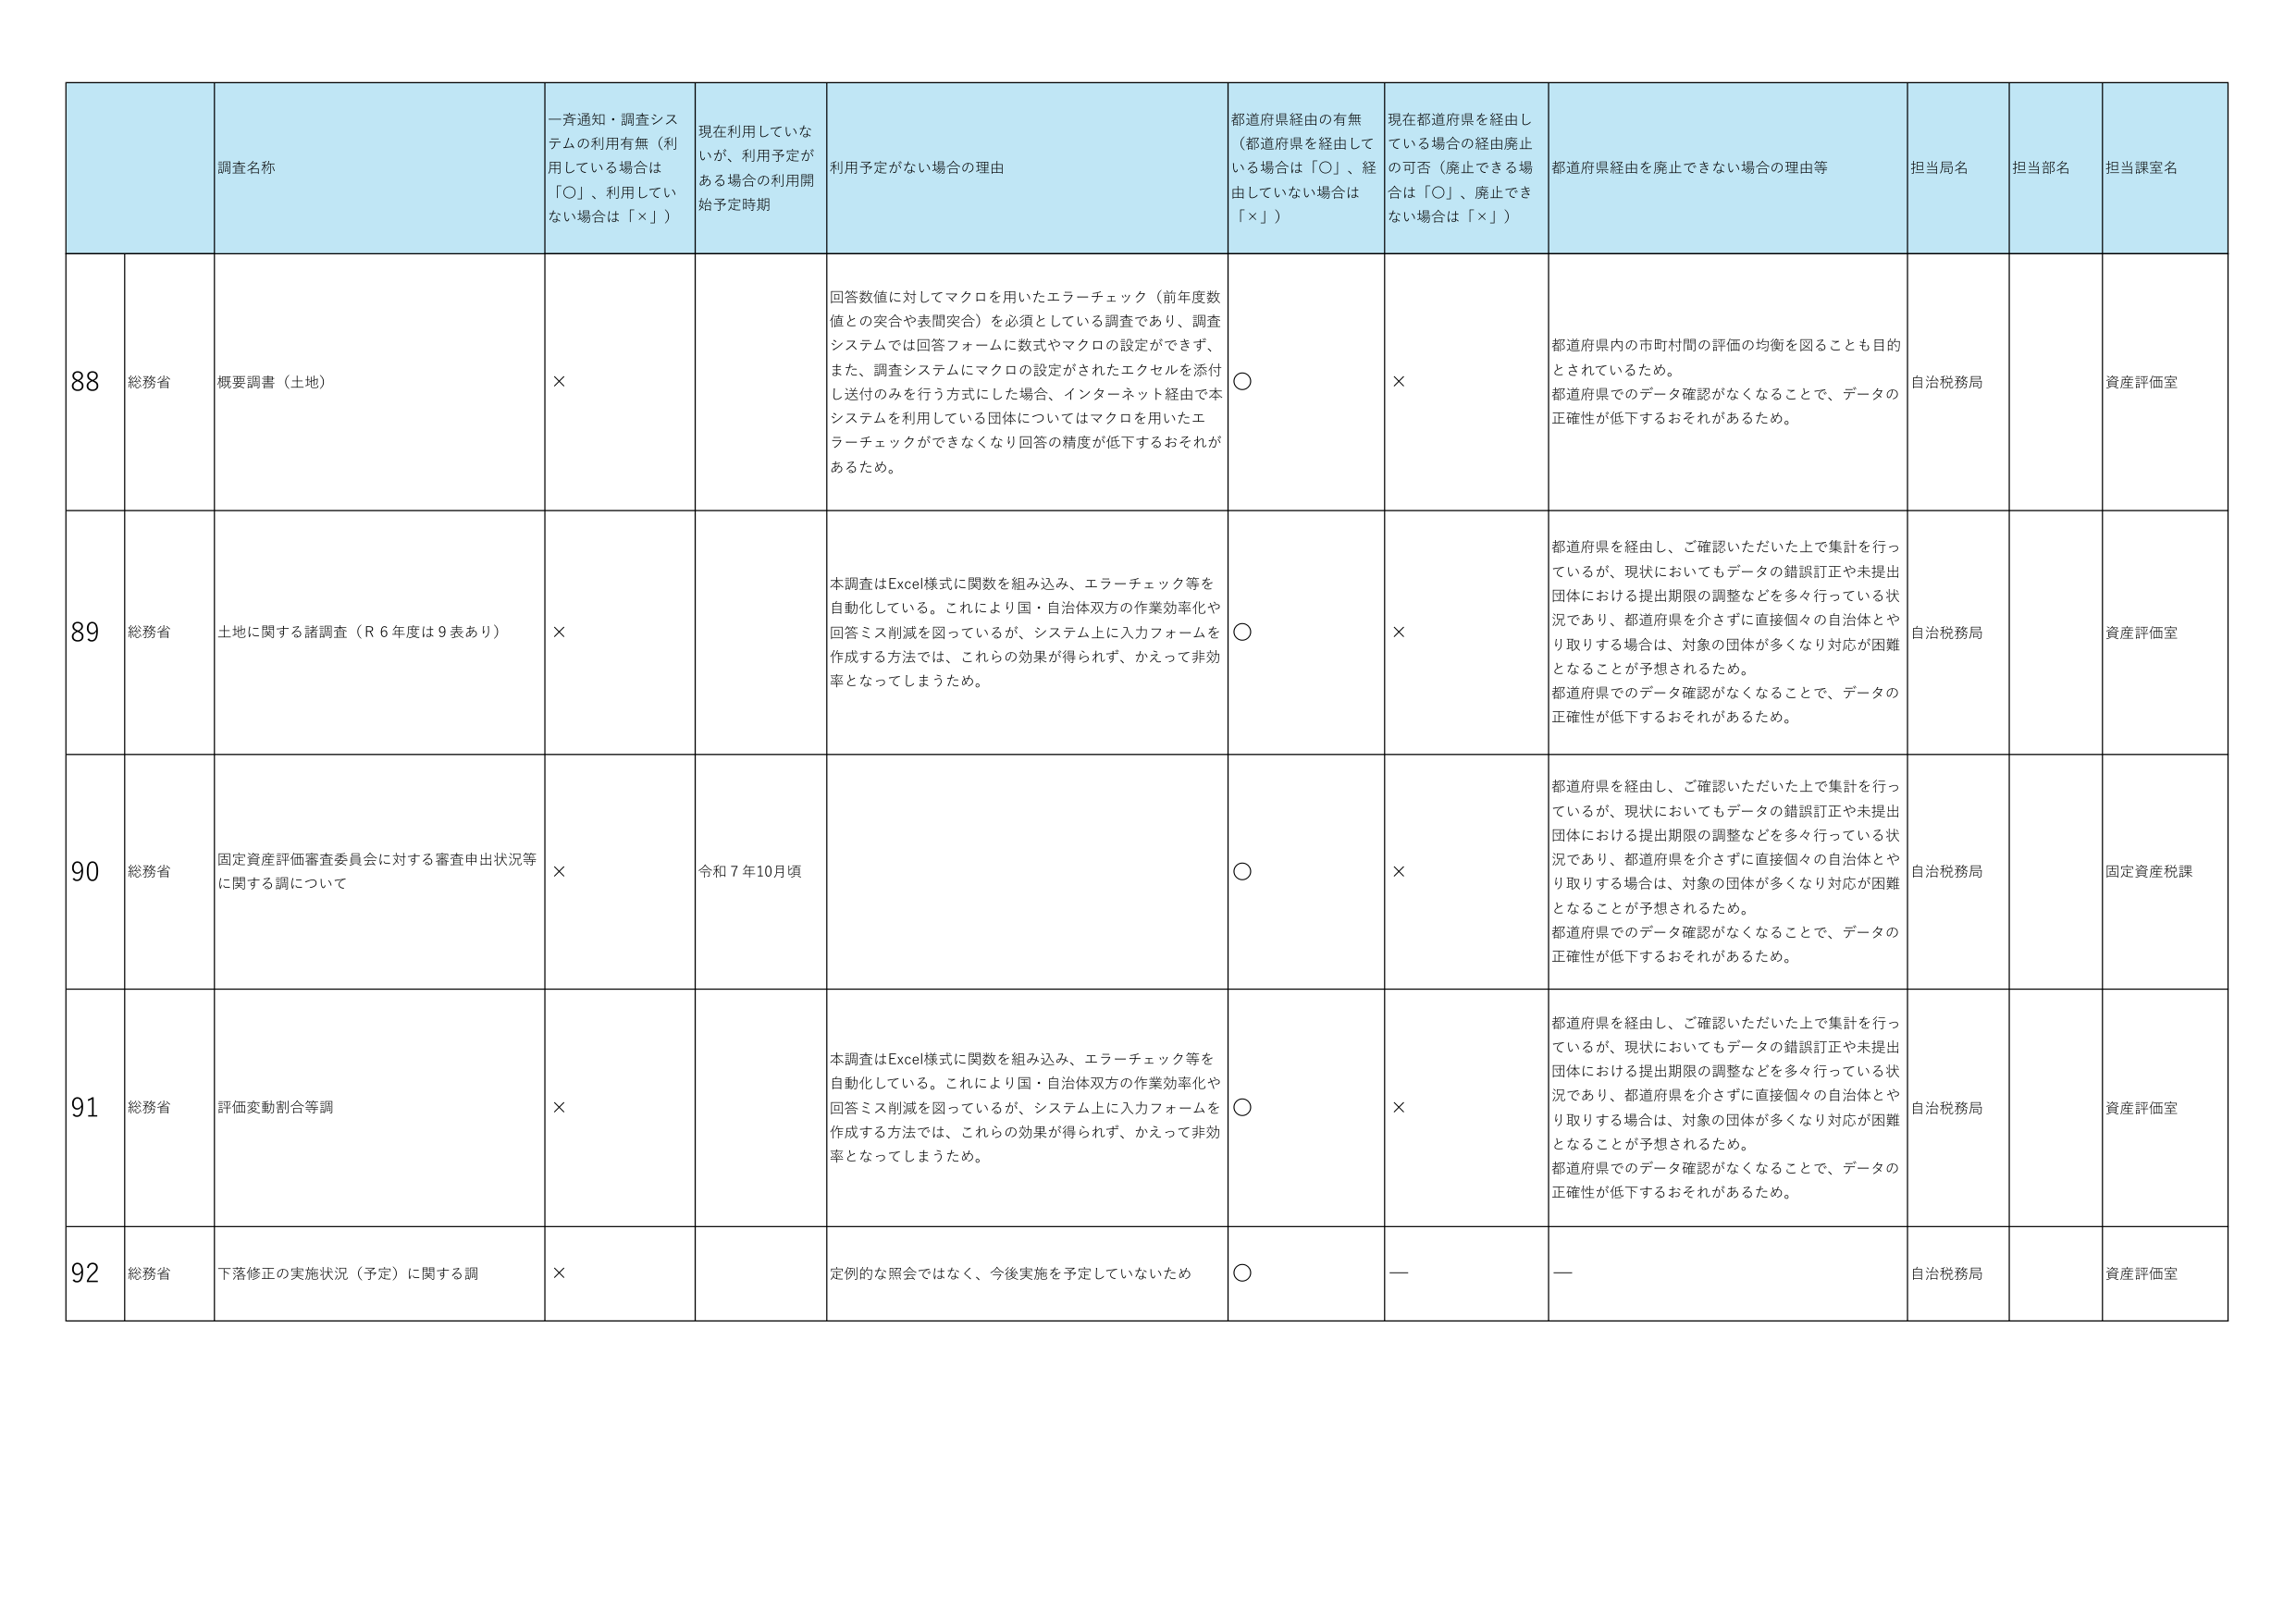
88 総務省 概要調書（土地） × 回答数値に対してマクロを用いたエラーチェック（前年度数値との突合や表間突合）を必須としている調査であり、調査システムでは回答フォームに数式やマクロの設定ができず、また、調査システムにマクロの設定がされたエクセルを添付し送付のみを行う方式にした場合、インターネット経由で本システムを利用している団体についてはマクロを用いたエラーチェックができなくなり回答の精度が低下するおそれがあるため。 ○ × 都道府県内の市町村間の評価の均衡を図ることも目的とされているため。 都道府県でのデータ確認がなくなることで、データの正確性が低下するおそれがあるため。 自治税務局 資産評価室

89 総務省 土地に関する諸調査（Ｒ６年度は９表あり） × 本調査はExcel様式に関数を組み込み、エラーチェック等を自動化している。これにより国・自治体双方の作業効率化や回答ミス削減を図っているが、システム上に入力フォームを作成する方法では、これらの効果が得られず、かえって非効率となってしまうため。 ○ × 都道府県を経由し、ご確認いただいた上で集計を行っているが、現状においてもデータの錯誤訂正や未提出団体における提出期限の調整などを多々行っている状況であり、都道府県を介さずに直接個々の自治体とやり取りする場合は、対象の団体が多くなり対応が困難となることが予想されるため。 都道府県でのデータ確認がなくなることで、データの正確性が低下するおそれがあるため。 自治税務局 資産評価室

90 総務省 固定資産評価審査委員会に対する審査申出状況等に関する調について × 令和７年10月頃 ○ × 都道府県を経由し、ご確認いただいた上で集計を行っているが、現状においてもデータの錯誤訂正や未提出団体における提出期限の調整などを多々行っている状況であり、都道府県を介さずに直接個々の自治体とやり取りする場合は、対象の団体が多くなり対応が困難となることが予想されるため。 都道府県でのデータ確認がなくなることで、データの正確性が低下するおそれがあるため。 自治税務局 固定資産税課

91 総務省 評価変動割合等調 × 本調査はExcel様式に関数を組み込み、エラーチェック等を自動化している。これにより国・自治体双方の作業効率化や回答ミス削減を図っているが、システム上に入力フォームを作成する方法では、これらの効果が得られず、かえって非効率となってしまうため。 ○ × 都道府県を経由し、ご確認いただいた上で集計を行っているが、現状においてもデータの錯誤訂正や未提出団体における提出期限の調整などを多々行っている状況であり、都道府県を介さずに直接個々の自治体とやり取りする場合は、対象の団体が多くなり対応が困難となることが予想されるため。 都道府県でのデータ確認がなくなることで、データの正確性が低下するおそれがあるため。 自治税務局 資産評価室

92 総務省 下落修正の実施状況（予定）に関する調 × 定例的な照会ではなく、今後実施を予定していないため ○ — — 自治税務局 資産評価室

調査名称 一斉通知・調査システムの利用有無（利用している場合は「○」、利用していない場合は「×」） 現在利用していないが、利用予定がある場合の利用開始予定時期 利用予定がない場合の理由 都道府県経由の有無（都道府県を経由している場合は「○」、経由していない場合は「×」） 現在都道府県を経由している場合の経由廃止の可否（廃止できる場合は「○」、廃止できない場合は「×」） 都道府県経由を廃止できない場合の理由等 担当局名 担当部名 担当課室名